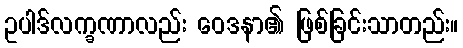
ဥပါဒ်လက္ခဏာလည်း ဝေဒနာ၏ ဖြစ်ခြင်းသာတည်း။